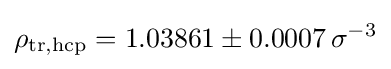
\rho _{\mathrm {tr,hcp} }=1.03861\pm 0.0007\,\sigma ^{-3}